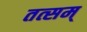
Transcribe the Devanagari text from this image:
तत्सम्